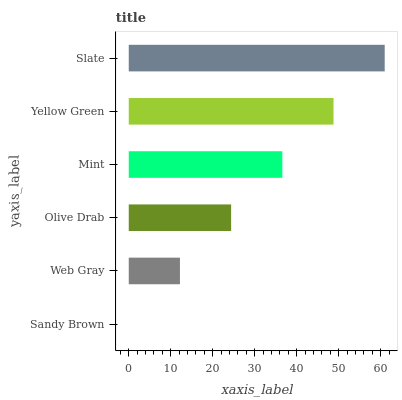
| yaxis_label | bars |
 | --- | --- |
 | Sandy Brown | 0 |
 | Web Gray | 12.2 |
 | Olive Drab | 24.4 |
 | Mint | 36.6 |
 | Yellow Green | 48.8 |
 | Slate | 61 |